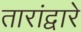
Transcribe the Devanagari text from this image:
तारांद्वारे